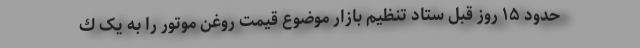
حدود ۱۵ روز قبل ستاد تنظيم بازار موضوع قيمت روغن موتور را به يک ك